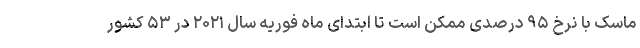
ماسک با نرخ ۹۵ درصدی ممکن است تا ابتدای ماه فوریه سال ۲۰۲۱ در ۵۳ کشور